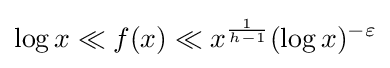
\log x\ll f(x)\ll x^{\frac {1}{h-1}}(\log x)^{-\varepsilon }